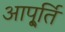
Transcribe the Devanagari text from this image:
आपू्र्ति